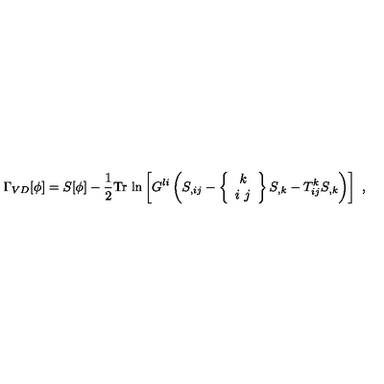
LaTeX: \Gamma _ { V D } [ \phi ] = S [ \phi ] - \frac { 1 } { 2 } \mathrm { T r \ l n } \left[ G ^ { l i } \left( S _ { , i j } - \left\{ \begin{array} { c } { k } \\ { i \ j } \\ \end{array} \right\} S _ { , k } - T _ { i j } ^ { k } S _ { , k } \right) \right] \ ,